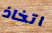
اتخاذ